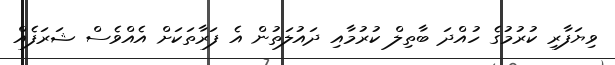
ވިޔަފާރި ކުރުމުގެ ހުއްދަ ބާތިލް ކުރުމާއި ދައުލަތުން އެ ފަރާތަކަށް އެއްވެސް ޝަރަފެއް